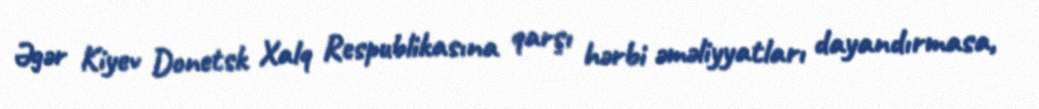
Əgər Kiyev Donetsk Xalq Respublikasına qarşı hərbi əməliyyatları dayandırmasa,